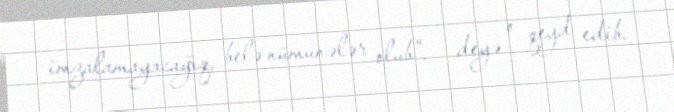
imzalamayacağıq, belə nümunələr olub", - deyə o qeyd edib.